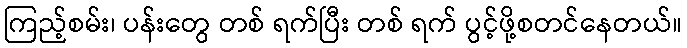
ကြည့်စမ်း၊ ပန်းတွေ တစ် ရက်ပြီး တစ် ရက် ပွင့်ဖို့စတင်နေတယ်။